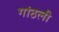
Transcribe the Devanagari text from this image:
गांठली